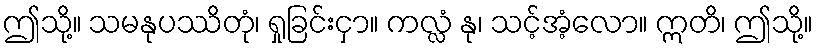
ဤသို့။ သမနုပဿိတုံ၊ ရှုခြင်းငှာ။ ကလ္လံ နု၊ သင့်အံ့လော။ ဣတိ၊ ဤသို့။